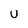
Character: U